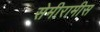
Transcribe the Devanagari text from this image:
सेमीरामीस